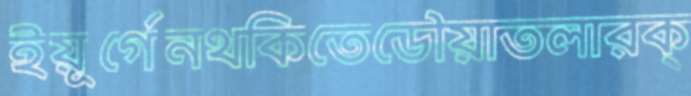
ইয়ূর্গেনথকিতেডৌয়াতলারক্